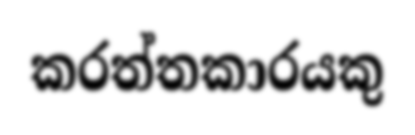
කරත්තකාරයකු